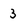
Character: 3